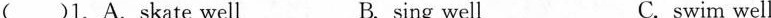
( )1.A. Skate well B. sing well C.swim well